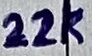
Text: 22k